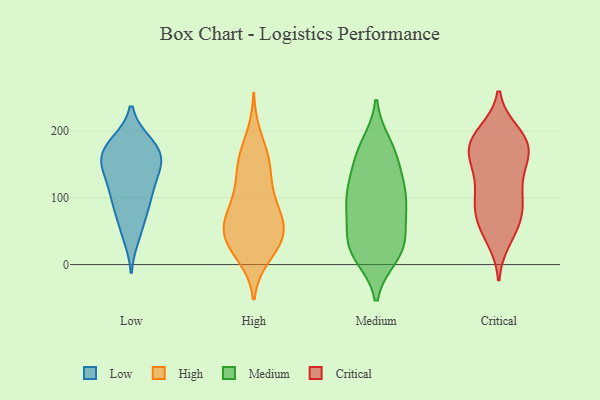
{"axis": {"x": "Energy Usage (MWh)", "y": "Value"}, "legend": ["Critical", "High", "Low", "Medium"], "data": [{"x": "", "y": 92, "type": "Low"}, {"x": "", "y": 154, "type": "Low"}, {"x": "", "y": 42, "type": "Low"}, {"x": "", "y": 120, "type": "Low"}, {"x": "", "y": 119, "type": "Low"}, {"x": "", "y": 182, "type": "Low"}, {"x": "", "y": 155, "type": "Low"}, {"x": "", "y": 155, "type": "Low"}, {"x": "", "y": 88, "type": "Low"}, {"x": "", "y": 55, "type": "Low"}, {"x": "", "y": 174, "type": "Low"}, {"x": "", "y": 178, "type": "Low"}, {"x": "", "y": 150, "type": "Low"}, {"x": "", "y": 91, "type": "Low"}, {"x": "", "y": 179, "type": "Low"}, {"x": "", "y": 135, "type": "Low"}, {"x": "", "y": 88, "type": "High"}, {"x": "", "y": 151, "type": "High"}, {"x": "", "y": 38, "type": "High"}, {"x": "", "y": 39, "type": "High"}, {"x": "", "y": 53, "type": "High"}, {"x": "", "y": 64, "type": "High"}, {"x": "", "y": 148, "type": "High"}, {"x": "", "y": 194, "type": "High"}, {"x": "", "y": 105, "type": "High"}, {"x": "", "y": 159, "type": "High"}, {"x": "", "y": 42, "type": "High"}, {"x": "", "y": 96, "type": "High"}, {"x": "", "y": 65, "type": "High"}, {"x": "", "y": 60, "type": "High"}, {"x": "", "y": 11, "type": "High"}, {"x": "", "y": 154, "type": "High"}, {"x": "", "y": 28, "type": "High"}, {"x": "", "y": 56, "type": "High"}, {"x": "", "y": 13, "type": "High"}, {"x": "", "y": 113, "type": "High"}, {"x": "", "y": 138, "type": "Medium"}, {"x": "", "y": 81, "type": "Medium"}, {"x": "", "y": 45, "type": "Medium"}, {"x": "", "y": 156, "type": "Medium"}, {"x": "", "y": 170, "type": "Medium"}, {"x": "", "y": 69, "type": "Medium"}, {"x": "", "y": 32, "type": "Medium"}, {"x": "", "y": 23, "type": "Medium"}, {"x": "", "y": 81, "type": "Medium"}, {"x": "", "y": 14, "type": "Medium"}, {"x": "", "y": 172, "type": "Medium"}, {"x": "", "y": 34, "type": "Medium"}, {"x": "", "y": 108, "type": "Medium"}, {"x": "", "y": 119, "type": "Medium"}, {"x": "", "y": 88, "type": "Medium"}, {"x": "", "y": 12, "type": "Medium"}, {"x": "", "y": 105, "type": "Medium"}, {"x": "", "y": 19, "type": "Medium"}, {"x": "", "y": 180, "type": "Medium"}, {"x": "", "y": 115, "type": "Medium"}, {"x": "", "y": 59, "type": "Critical"}, {"x": "", "y": 194, "type": "Critical"}, {"x": "", "y": 117, "type": "Critical"}, {"x": "", "y": 158, "type": "Critical"}, {"x": "", "y": 92, "type": "Critical"}, {"x": "", "y": 197, "type": "Critical"}, {"x": "", "y": 89, "type": "Critical"}, {"x": "", "y": 190, "type": "Critical"}, {"x": "", "y": 92, "type": "Critical"}, {"x": "", "y": 89, "type": "Critical"}, {"x": "", "y": 49, "type": "Critical"}, {"x": "", "y": 175, "type": "Critical"}, {"x": "", "y": 176, "type": "Critical"}, {"x": "", "y": 174, "type": "Critical"}, {"x": "", "y": 38, "type": "Critical"}, {"x": "", "y": 65, "type": "Critical"}, {"x": "", "y": 141, "type": "Critical"}, {"x": "", "y": 158, "type": "Critical"}, {"x": "", "y": 181, "type": "Critical"}, {"x": "", "y": 132, "type": "Critical"}]}